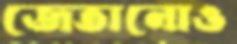
জেতানোও